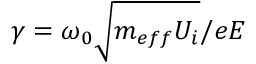
\gamma = \omega _ { 0 } \sqrt { m _ { e f f } U _ { i } } / e E